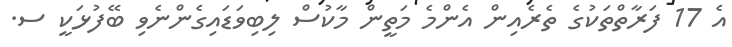
އެ 17 ފަރާތްތަކުގެ ތެރެއިން އެންމެ މަތީން މާކުސް ލިބިވަޑައިގެންނެވި ބޭފުޅަކީ ސ.